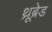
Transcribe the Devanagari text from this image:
थ्रूब्रेड